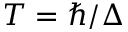
T = \hbar / \Delta